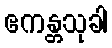
ဧကန္တသုခါ